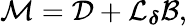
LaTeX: \mathcal{M}=\mathcal{D}+\mathcal{L}_{\boldsymbol{\delta}}\mathcal{B},